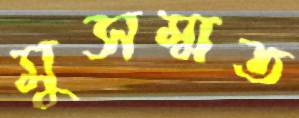
মুসম্মত